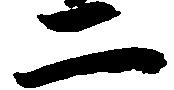
二